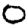
Digit: 0